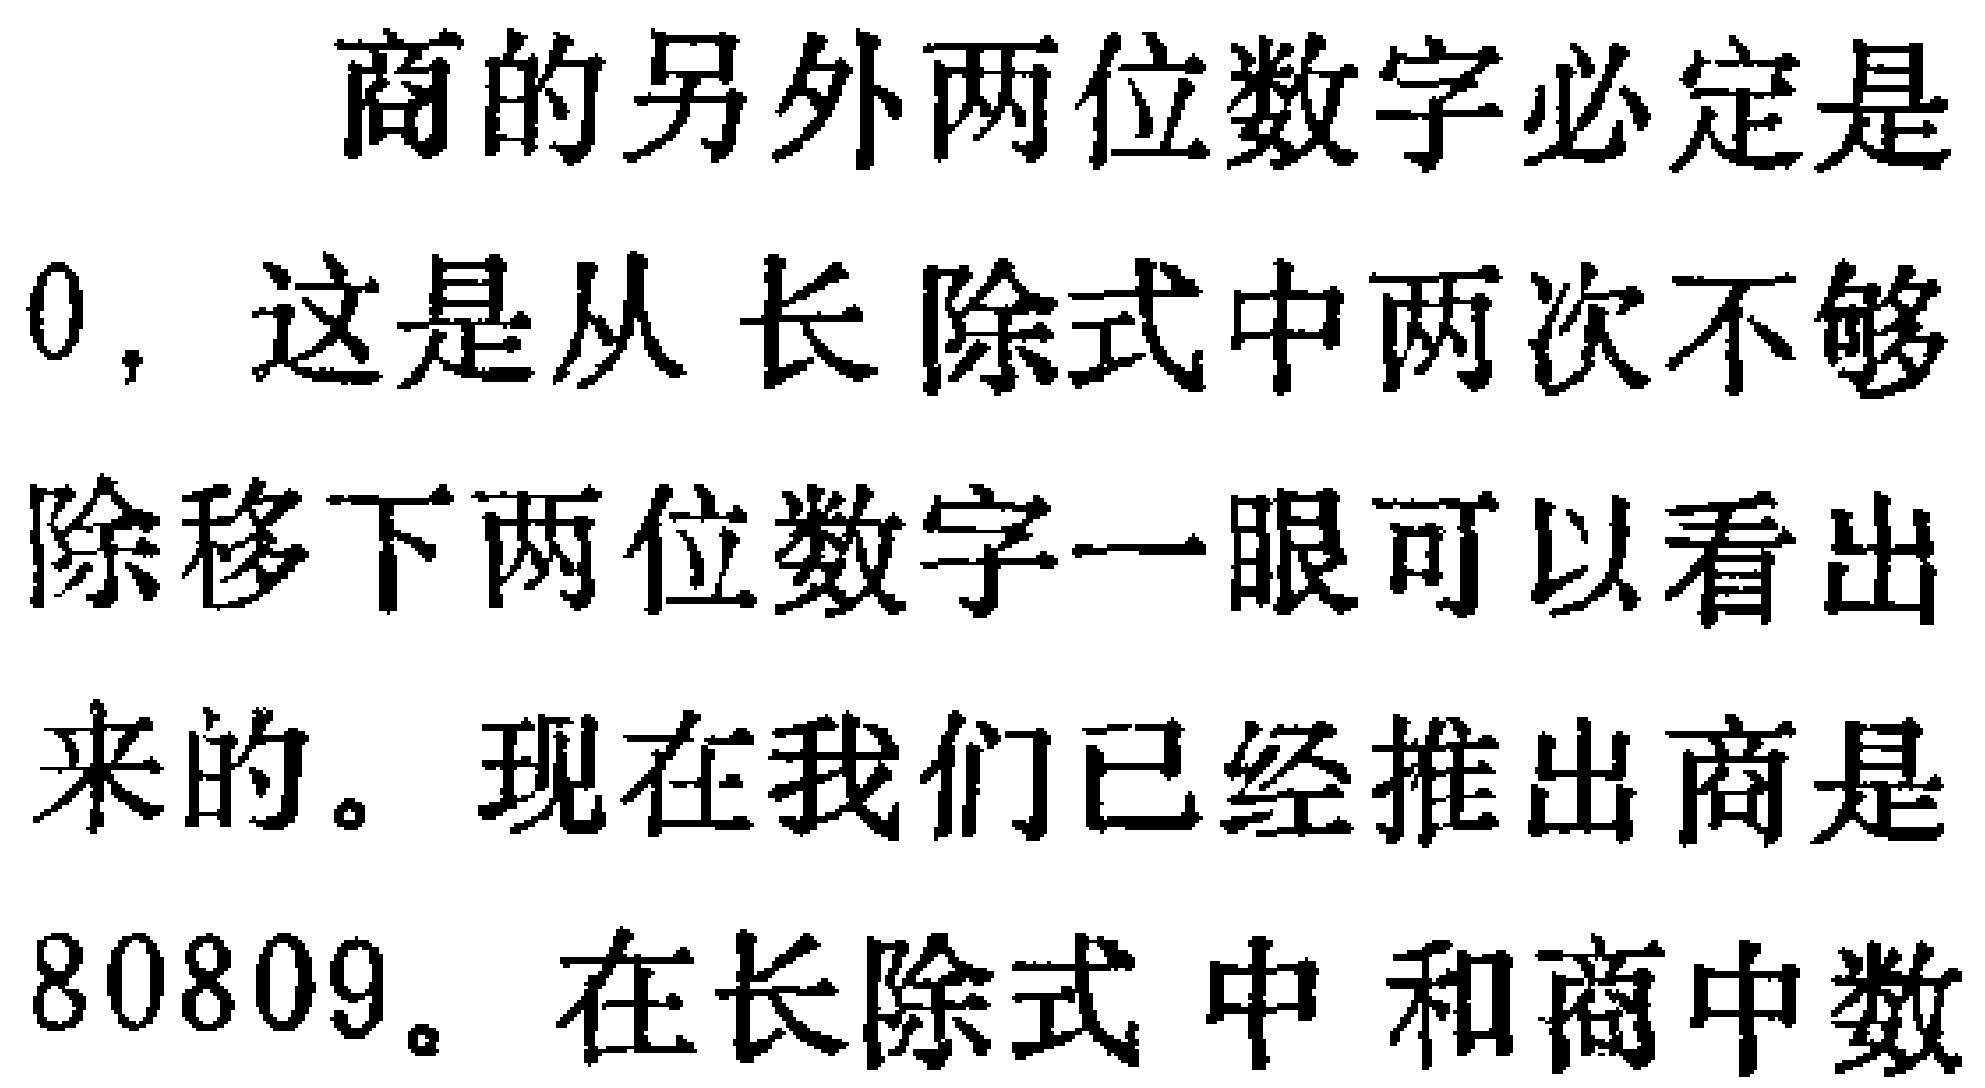
商的另外两位数字必定是
0，这是从长除式中两次不够
除移下两位数字一眼可以看出
来的。现在我们已经推出商是
80809。在长除式 中 和商中数